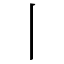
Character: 丨